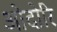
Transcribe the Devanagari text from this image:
ओदोरि